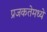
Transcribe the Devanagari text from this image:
प्रजकतेमध्ये